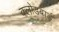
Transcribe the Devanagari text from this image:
क्लोडबार्ड